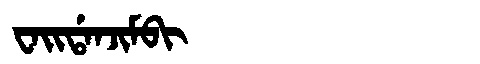
Manchu: ᠸᠠᡳᡩᠠᠨᠵᡳᠮᠪᡳ
Romanization: WAIDANJIMBI